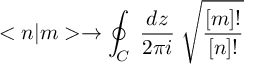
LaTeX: < n | m > \rightarrow \oint _ { C } \; \frac { d z } { 2 \pi i } \; \sqrt { \frac { [ m ] ! } { [ n ] ! } }